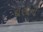
દાણાની